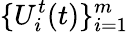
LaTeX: \{ U_{i}^{t}(t)\} _{i=1}^{m}